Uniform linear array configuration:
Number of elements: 24
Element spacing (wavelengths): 1
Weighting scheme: kaiser
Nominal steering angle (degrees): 15
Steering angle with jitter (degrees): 15.735
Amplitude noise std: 0.05
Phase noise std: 0.05

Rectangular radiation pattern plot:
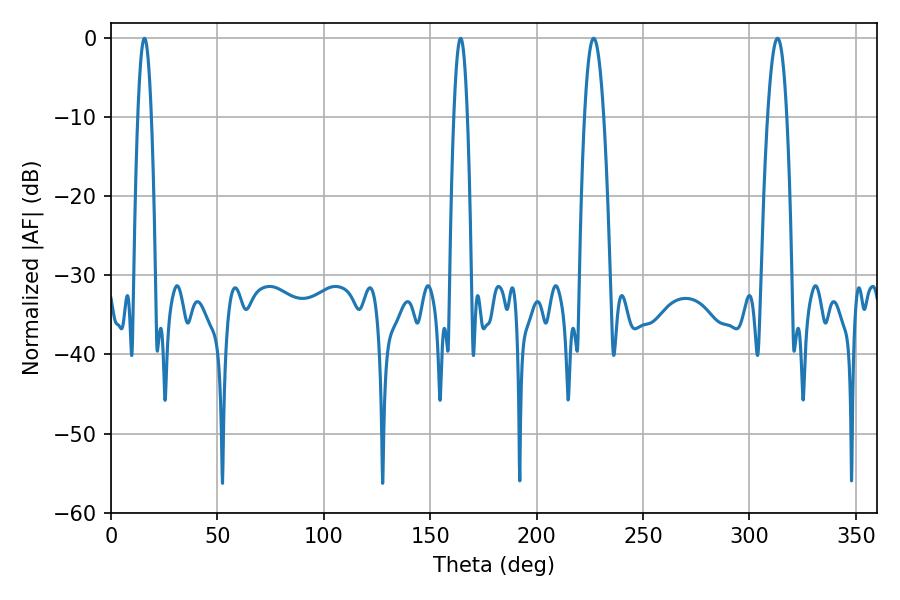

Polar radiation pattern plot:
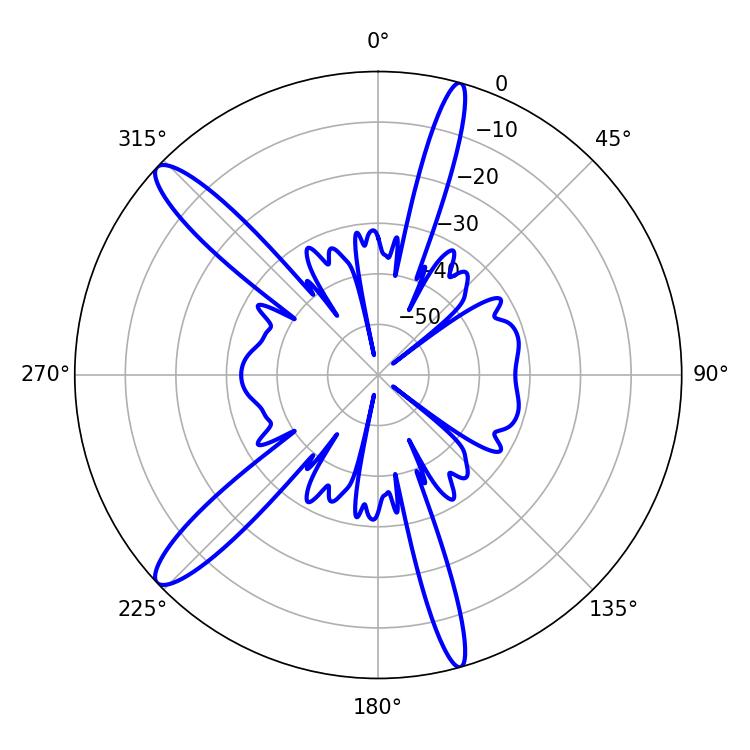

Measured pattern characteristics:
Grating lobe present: TRUE
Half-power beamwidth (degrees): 4.86
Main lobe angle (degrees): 226.8